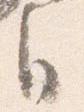
自